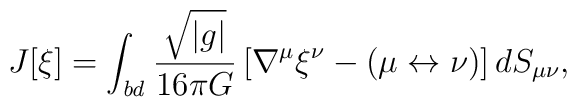
J[\xi] = \int_{\it bd}\frac{\sqrt{\left|  {g} \right|}}{16 \pi G} \left[ \nabla ^{\mu } \xi^{\nu } - (\mu \leftrightarrow \nu)\right] dS_{\mu \nu },